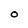
Character: O